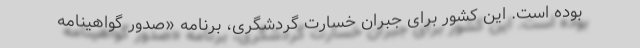
بوده است. این کشور برای جبران خسارت گردشگری، برنامه «صدور گواهینامه